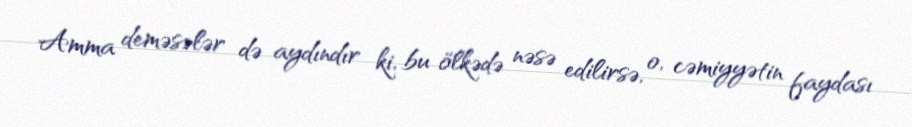
Amma deməsələr də aydındır ki, bu ölkədə nəsə edilirsə, o, cəmiyyətin faydası